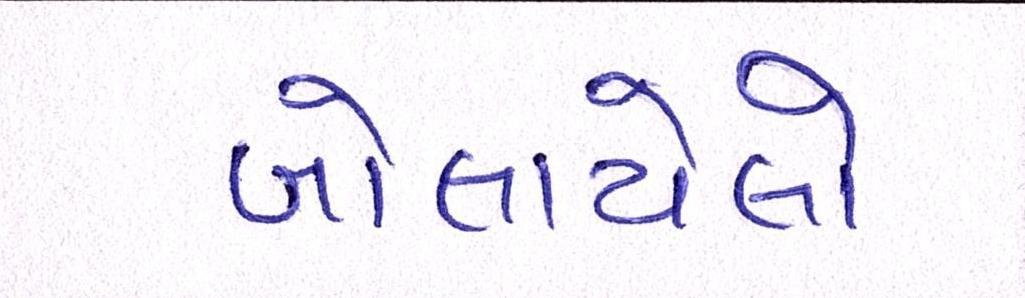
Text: બોલાયેલો